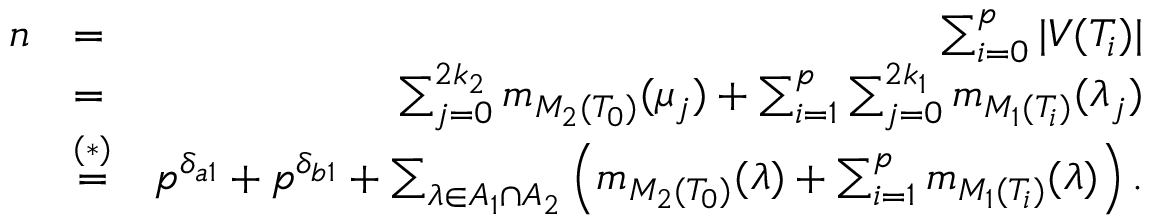
\begin{array} { r l r } { n } & { = } & { \sum _ { i = 0 } ^ { p } | V ( T _ { i } ) | } \\ & { = } & { \sum _ { j = 0 } ^ { 2 k _ { 2 } } m _ { M _ { 2 } ( T _ { 0 } ) } ( \mu _ { j } ) + \sum _ { i = 1 } ^ { p } \sum _ { j = 0 } ^ { 2 k _ { 1 } } m _ { M _ { 1 } ( T _ { i } ) } ( \lambda _ { j } ) } \\ & { \stackrel { ( * ) } { = } } & { p ^ { \delta _ { a 1 } } + p ^ { \delta _ { b 1 } } + \sum _ { \lambda \in A _ { 1 } \cap A _ { 2 } } \left( m _ { M _ { 2 } ( T _ { 0 } ) } ( \lambda ) + \sum _ { i = 1 } ^ { p } m _ { M _ { 1 } ( T _ { i } ) } ( \lambda ) \right) . } \end{array}